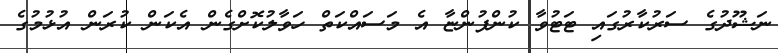
ނަޝޫދުގެ ސަރުކާރުގައި ޓަޓުވާ ކުންފުންޏާ އެ މަސައްކަތް ހަވާލުކޮށްގެން އެކަން ކުރަން އުޅުމުގެ